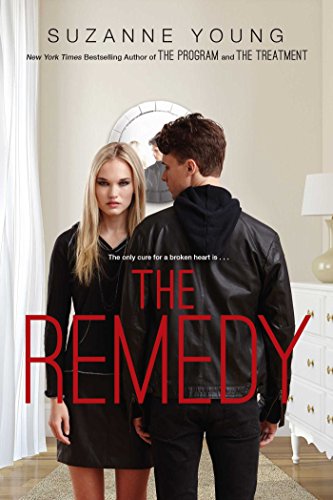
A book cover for The Remedy; Suzanne Young; Teen & Young Adult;